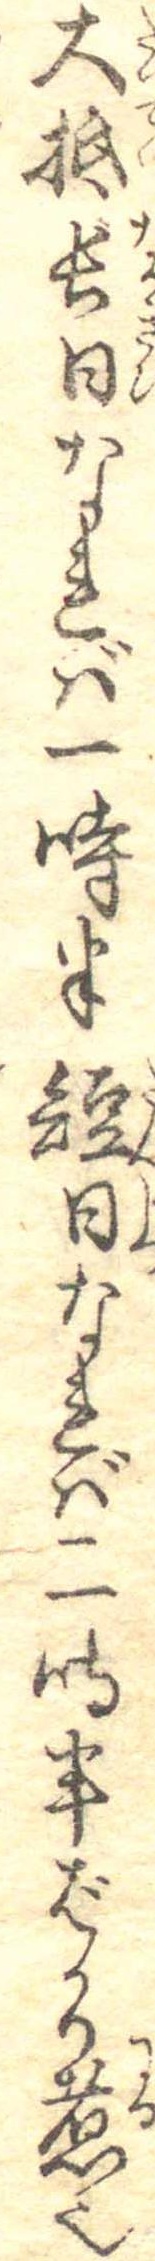
大抵長日なれば一時半短日なれば二時半ばかり煮也